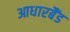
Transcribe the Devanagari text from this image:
आधारबैंड